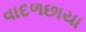
વાદળછાયા